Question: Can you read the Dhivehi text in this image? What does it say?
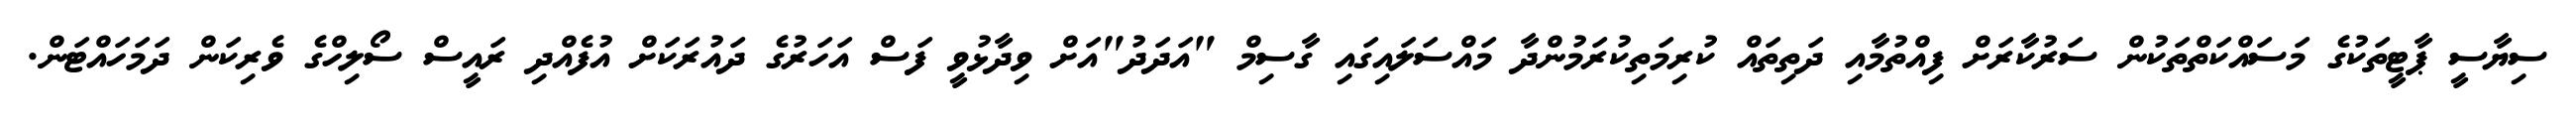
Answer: ސިޔާސީ ޕާޓީތަކުގެ މަސައްކަތްތަކުން ސަރުކާރަށް ފިއްތުމާއި ދަތިތައް ކުރިމަތިކުރަމުންދާ މައްސަލައިގައި ގާސިމް "އަދަދު"އަށް ވިދާޅުވީ ފަސް އަހަރުގެ ދައުރަކަށް އުފެއްދި ރައީސް ސޯލިހްގެ ވެރިކަން ދަމަހައްޓަން.